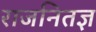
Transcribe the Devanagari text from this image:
राजनितज्ञ